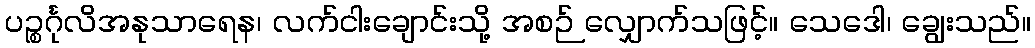
ပဉ္စင်္ဂုလိအနုသာရေန၊ လက်ငါးချောင်းသို့ အစဉ် လျှောက်သဖြင့်။ သေဒေါ၊ ချွေးသည်။